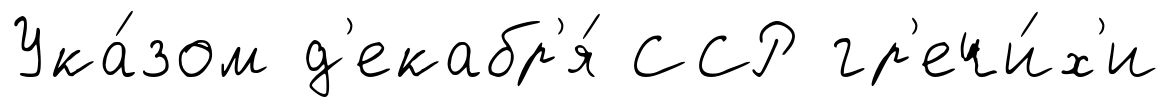
Ука́зом д'екабр'я́ ССР гр'ечи́х'и